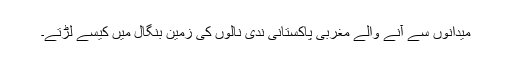
میدانوں سے آنے والے مغربی پاکستانی ندی نالوں کی زمین بنگال میں کیسے لڑتے۔